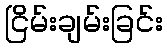
ငြိမ်းချမ်းခြင်း